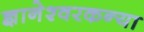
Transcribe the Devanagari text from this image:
ज्ञानेश्वरकन्या